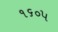
૧૬૦૫